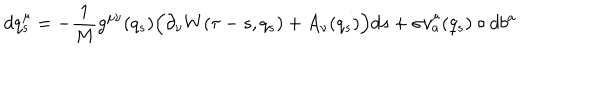
LaTeX: d q _ { s } ^ { \mu } = - \frac { 1 } { M } g ^ { \mu \nu } ( q _ { s } ) \Big ( \partial _ { \nu } W ( \tau - s , q _ { s } ) + A _ { \nu } ( q _ { s } ) \Big ) d s + \sigma v _ { a } ^ { \mu } ( q _ { s } ) \circ d b ^ { a }